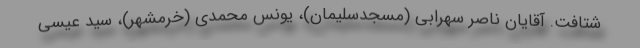
شتافت. آقایان ناصر سهرابی (مسجدسلیمان)، یونس محمدی (خرمشهر)، سید عیسی